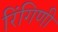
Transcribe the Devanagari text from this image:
रिंगिणी